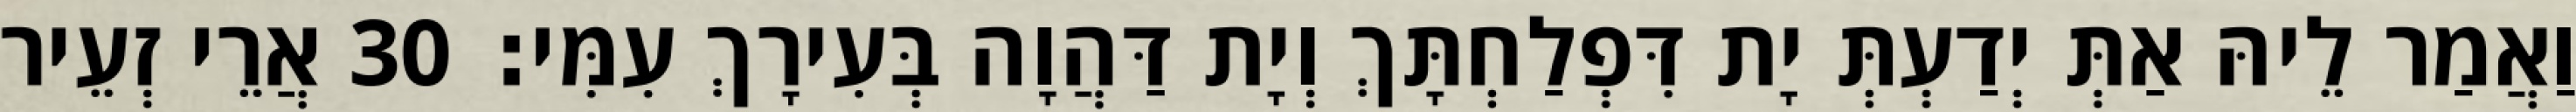
וַאֲמַר לֵיהּ אַתְּ יְדַעְתְּ יָת דִּפְלַחְתָּךְ וְיָת דַּהֲוָה בְּעִירָךְ עִמִּי׃ 30 אֲרֵי זְעֵיר